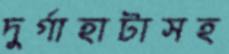
দুর্গাহাটাসহ